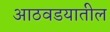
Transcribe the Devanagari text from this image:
आठवडयातील